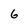
Character: 6